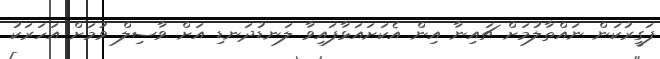
ފަގީރުކަން ނައްތާލުމަށް ޗައިނާ އިން އެކަށައަޅާފައިވާ ލަނޑުދަނޑި އަށް ވާސިލް ވުމަށް އަހަރަކު